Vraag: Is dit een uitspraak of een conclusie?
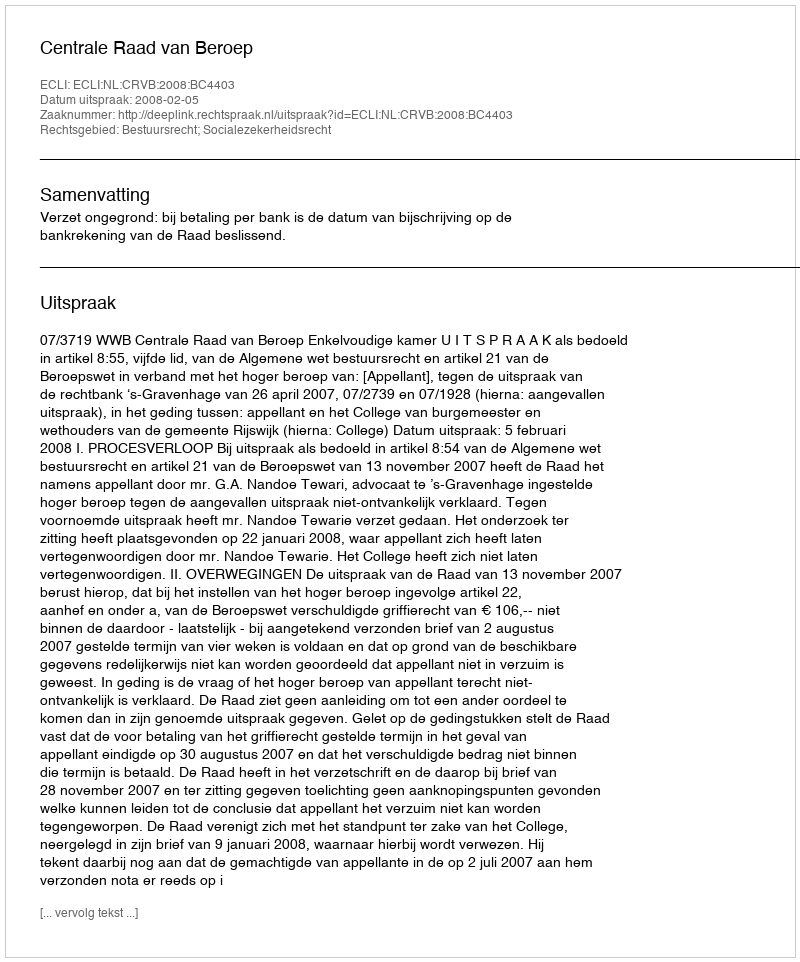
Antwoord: Uitspraak